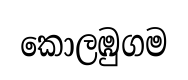
කොලඹුගම